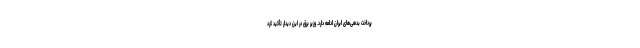
پرداخت بدهی‌های ایران ادامه دارد. وزیر برق در این دیدار تأکید کرد